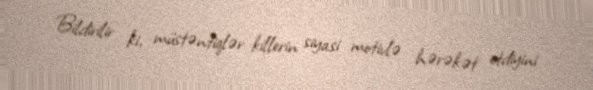
Bildirilir ki, müstəntiqlər killerin siyasi motivlə hərəkət etdiyini